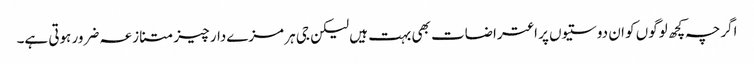
اگرچہ کچھ لوگوں کو ان دوستیوں پر اعتراضات بھی بہت ہیں لیکن جی ہر مزےدار چیز متنازعہ ضرور ہوتی ہے۔